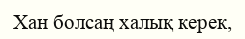
Хан болсаң халық керек,